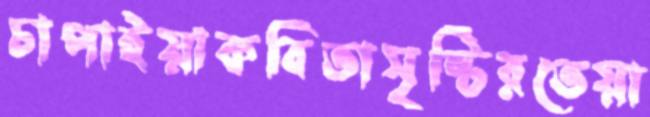
চাপাইয়াকবিতাসৃষ্টিরতেয়া